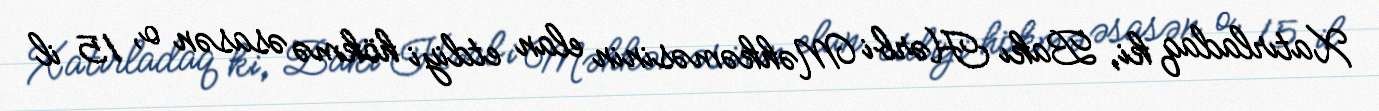
Xatırladaq ki, Bakı Hərbi Məhkəməsinin elan etdiyi hökmə əsasən o, 15 il